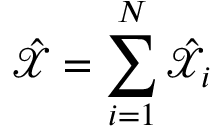
\hat { \mathcal X } = \sum _ { i = 1 } ^ { N } \hat { \mathcal X } _ { i }